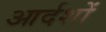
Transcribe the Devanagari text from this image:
आर्दशों